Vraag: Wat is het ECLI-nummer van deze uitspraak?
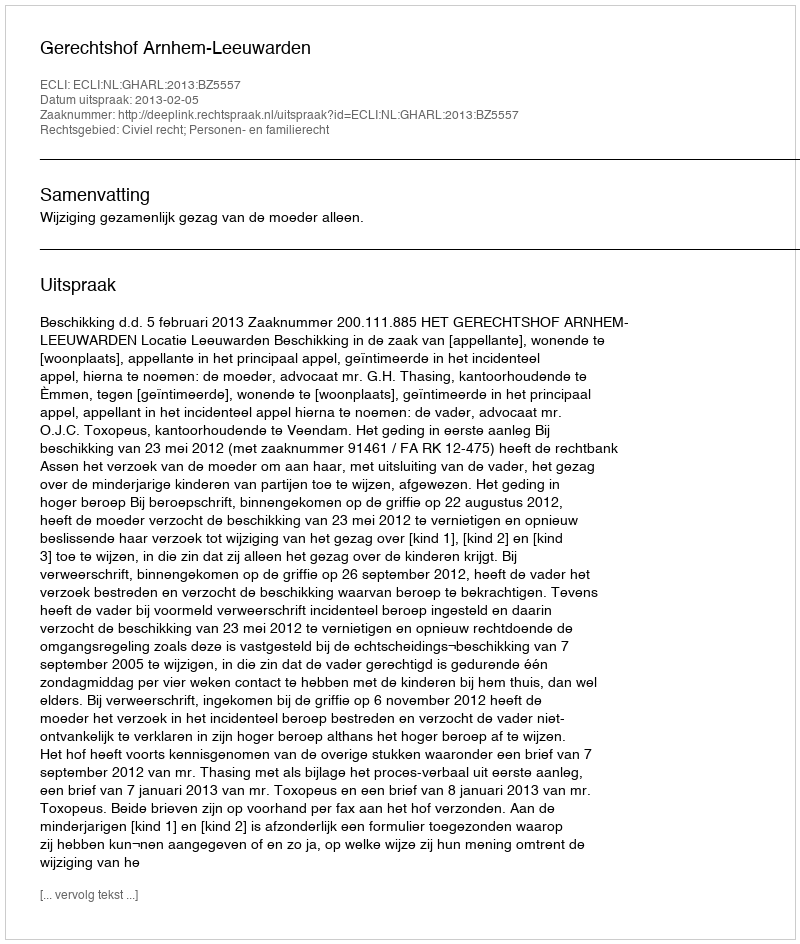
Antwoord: ECLI:NL:GHARL:2013:BZ5557